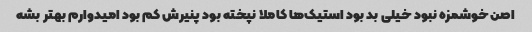
اصن خوشمزه نبود خیلی بد بود استیک‌ها کاملا نپخته بود پنیرش کم بود امیدوارم بهتر بشه